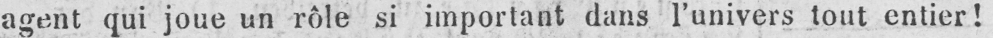
agent qui joue un rôle si important dans l’univers tout entier!